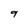
Character: 9